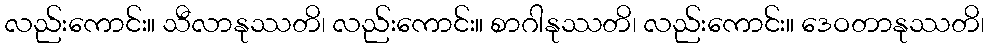
လည်းကောင်း။ သီလာနုဿတိ၊ လည်းကောင်း။ စာဂါနုဿတိ၊ လည်းကောင်း။ ဒေဝတာနုဿတိ၊